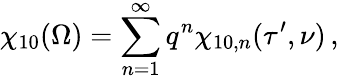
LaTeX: \chi_{10}(\Omega)=\sum_{n=1}^{\infty}q^{n}\chi_{10,n}(\tau^{\prime},\nu)\, ,